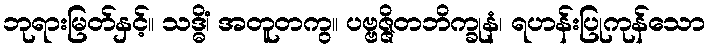
ဘုရားမြတ်နှင့်။ သဒ္ဓိံ၊ အတူတကွ။ ပဗ္ဗဇ္ဇိတဘိက္ခုနံ၊ ရဟန်းပြုကုန်သော